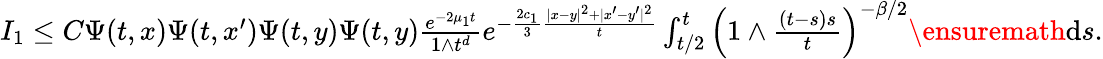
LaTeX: \begin{array}{r}{I_{1}\le C\Psi(t,x)\Psi(t,x^{\prime})\Psi(t,y)\Psi(t,y)\frac{e^{-2\mu_{1}t}}{1\wedge t^{d}}e^{-\frac{2c_{1}}{3}\frac{|x-y|^{2}+|x^{\prime}-y^{\prime}|^{2}}{t}}\int_{t/2}^{t}\left(1\wedge\frac{(t-s)s}{t}\right)^{-\beta/2}\ensuremath{\mathrm{d}}s.}\end{array}